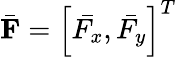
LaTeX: \bar{\mathbf{F}}=\left[\bar{F_{x}},\bar{F_{y}}\right]^{T}